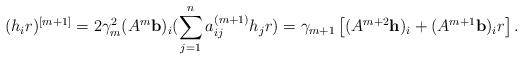
LaTeX: \begin{align*}(h_ir)^{[m+1]}=2\gamma_m^2(A^m{\bf b})_i(\sum_{j=1}^na_{ij}^{(m+1)}h_jr)=\gamma_{m+1}\left[(A^{m+2}\mathbf{h})_i+(A^{m+1}{\bf b})_ir\right].\end{align*}